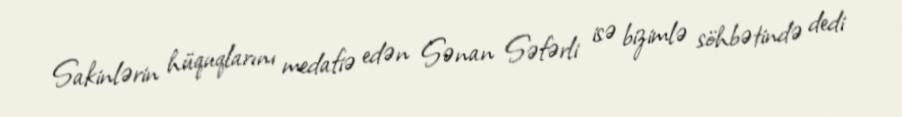
Sakinlərin hüquqlarını medafiə edən Sənan Səfərli isə bizimlə söhbətində dedi